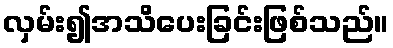
လှမ်း၍အသိပေးခြင်းဖြစ်သည်။